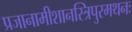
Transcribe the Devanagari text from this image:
प्रजानामीशानस्त्रिपुरमथनः